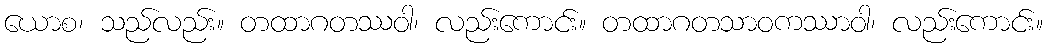
ယောစ၊ သည်လည်း။ တထာဂတဿဝါ၊ လည်းကောင်း။ တထာဂတသာဝကဿာဝါ၊ လည်းကောင်း။